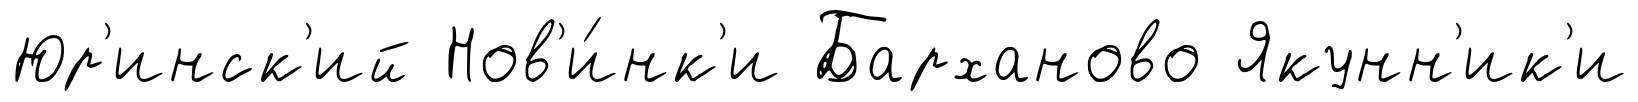
Юр'инск'ий Нов'и́нк'и Барханово Якунн'ик'и